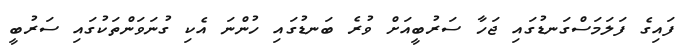
ފައިގެ ފަލަމަސްގަނޑުގައި ޖަހާ ސަރުބީއަށް ވުރެ ބަނޑުގައި ހުންނަ އެކި ގުނަވަންތަކުގައި ސަރުބީ